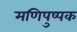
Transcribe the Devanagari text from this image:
मणिपुष्पक